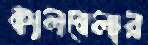
কালবেলার